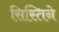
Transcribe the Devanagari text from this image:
सिस्तिने